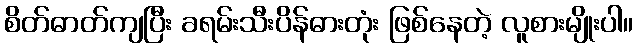
စိတ်ဓာတ်ကျပြီး ခရမ်းသီးပိန်ဓားတုံး ဖြစ်နေတဲ့ လူစားမျိုးပါ။